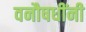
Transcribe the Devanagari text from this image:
वनौषधींनी